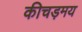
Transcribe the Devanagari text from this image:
कीचड़मय